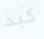
كبد